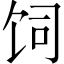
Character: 饲